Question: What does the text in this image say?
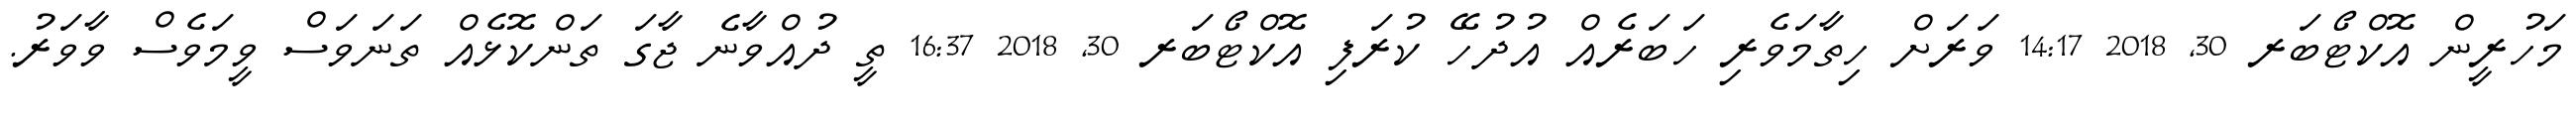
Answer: މަހުރީން އޮކްޓޯބަރ 30, 2018 14:17 ވަރަށް ހިތާމަވެރި ހަބަރެއް އުދުހޭ ކުރަފި އޮކްޓޯބަރ 30, 2018 16:37 ތީ ދުއްވާނެ ޖާގަ ތަންކޮޅެއް ތަނަވަސް ވީމަވެސް ވާވަރު.